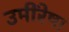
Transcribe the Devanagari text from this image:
उमींरेषा